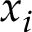
x _ { i }